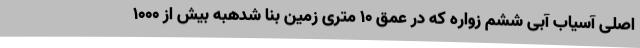
اصلی آسیاب آبی ششم زواره که در عمق 10 متری زمین بنا شدهبه بیش از 1000